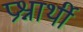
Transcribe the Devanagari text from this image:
प्रश्नार्थी